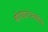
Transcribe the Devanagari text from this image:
बोरघाटामधील